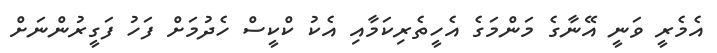
އެމެރީ ވަނީ އޭނާގެ މަންމަގެ އެހީތެރިކަމާއި އެކު ކްކީސް ހެދުމަށް ފަހު ފަގީރުންނަށް